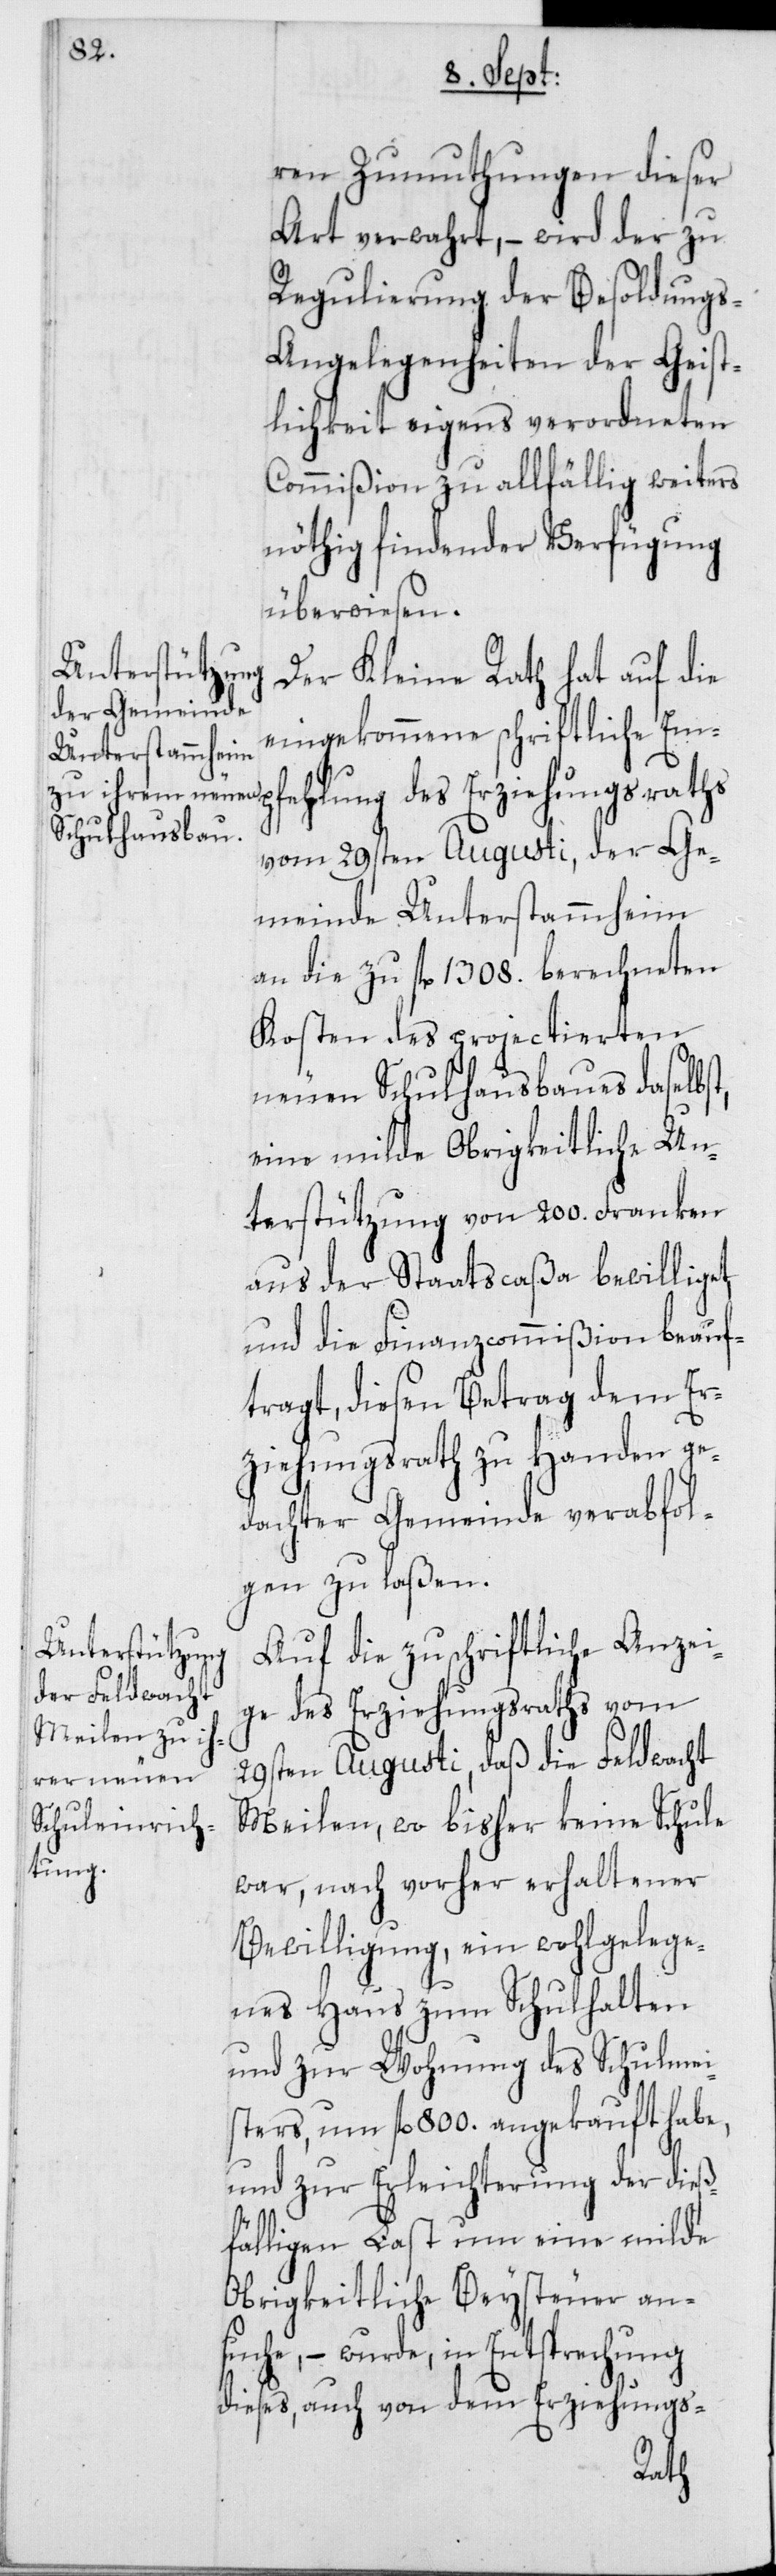
ren Zumuthungen dieser
Art verwahrt, – wird der zu
Regulierung der Besoldung¬
s-Angelegenheiten der Geist¬
lichkeit eigens verordneten
Commißion zu allfählig weiters
nöthig findender Verfügung
überwiesen.
Der Kleine Rath hat auf die
eingekommene schriftliche Emp¬
fehlung des Erziehungsraths
vom 29sten Augusti, der Ge¬
meinde Unterstammheim
an die zu fl. 1308. berechneten
Kosten des projectierten
neuen Schulhausbaues daselbst,
eine milde Obrigkeitliche Un¬
terstützung von 200. Franken
aus der Staatscaßa bewilliget
und die Finanzcommißion beauf¬
tragt, diesen Betrag dem Er¬
ziehungsrath zu Handen ge¬
dachter Gemeinde verabfol¬
gen zu laßen.
Auf die zuschriftliche Anzei¬
ge des Erziehungsraths vom
29sten Augusti, daß die Feldwacht
Meilen, wo bisher keine Schule
war, nach vorher erhaltener
Bewilligung, ein wohlgelege¬
nes Haus zum Schulhalten
und zur Wohnung des Schulmei¬
sters, um fl. 800. angekauft habe,
und zur Erleichterung der dieß¬
fälligen Last um eine milde
Obrigkeitliche Beysteuer an¬
suche, – wurde, in Entsprechung
dieses, auch von dem Erziehungs-